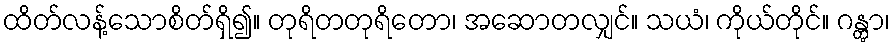
ထိတ်လန့်သောစိတ်ရှိ၍။ တုရိတတုရိတော၊ အဆောတလျှင်။ သယံ၊ ကိုယ်တိုင်။ ဂန္တွာ၊